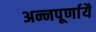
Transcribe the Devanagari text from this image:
अन्नपूर्णायै